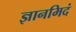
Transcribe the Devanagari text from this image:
ज्ञानमिदं